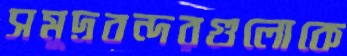
সমুদ্রবন্দরগুলোকে